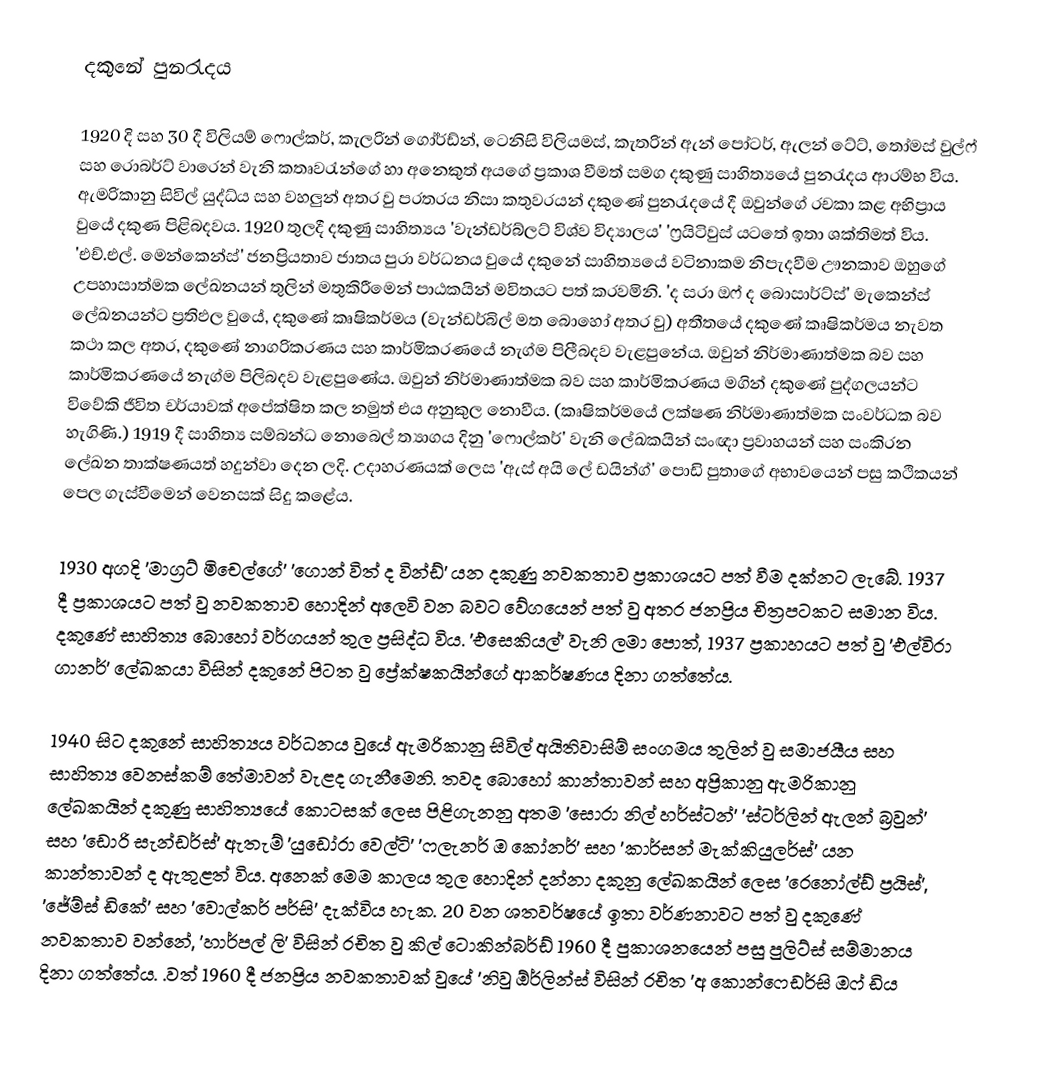
දකුනේ පුනරැදය

	1920 දි සහ 30 දී විලියම් ෆොල්කර්, කැලරින් ගෝර්ඩ්න්, ටෙනිසි විලියමස්, කැතරින් ඇන් පෝටර්, ඇලන් ටේට්, තෝමස් වුල්ෆ් සහ රොබර්ට් වාරෙන් වැනි කතෘවරැන්ගේ හා අනෙකුත් අයගේ ප්‍රකාශ වීමත් සමග දකුණු සාහිත්‍යයේ පුනරැදය ආරම්භ විය. ඇමරිකානු සිවිල් යුද්ධ්ය සහ වහලුන් අතර වු පරතරය නිසා කතුවරයන් දකුණේ පුනරැදයේ දී ඔවුන්ගේ රචකා කළ අභිප්‍රාය වුයේ දකුණ පිළිබදවය. 1920 තුලදී දකුණු සාහිත්‍යය 'වැන්ඩර්බ්ලට් විශ්ව විද්‍යාලය' 'ෆ්‍රයිටිවුස් යටතේ ඉතා ශක්තිමත් විය. 'එච්.එල්. මෙන්කෙන්ස්' ජනප්‍රියතාව ජාතය පුරා වර්ධනය වුයේ දකුනේ සාහිත්‍යයේ වටිනාකම නිපැදවීම ඌනකාව ඔහුගේ උපහාසාත්මක ලේඛනයන් තුලින් මතුකිරීමෙන් පාඨකයින් මවිතයට පත් කරවමිනි. 'ද සරා ඔෆ් ද බොසාර්ට්ස්' මැකෙන්ස් ලේඛනයන්ට ප්‍රතිඵල වුයේ, දකුණේ කෘෂිකර්මය (වැන්ඩර්බිල් මත බොහෝ අතර වු) අතීතයේ දකුණේ කෘෂිකර්මය නැවත කථා කල අතර, දකුණේ නාගරිකරණය සහ කාර්මිකරණයේ නැග්ම පිලීබදව වැළපුනේය. ඔවුන් නිර්මාණාත්මක බව සහ කාර්මිකරණයේ නැග්ම පිලිබදව වැළපුණේය. ඔවුන් නිර්මාණාත්මක බව සහ කාර්මිකරණය මගින් දකුණේ පුද්ගලයන්ට විවේකි ජීවිත චර්යාවක් අපේක්ෂිත කල නමුත් එය අනුකුල නොවීය. (කෘෂිකර්මයේ ලක්ෂණ නිර්මාණාත්මක සංවර්ධක බව හැගිණි.) 1919 දී සාහිත්‍ය සම්බන්ධ නොබෙල් ත්‍යාගය දිනු 'ෆොල්කර්' වැනි ලේඛකයින් සංඥා ප්‍රවාහයන් සහ සංකිරන ලේඛන තාක්ෂණයත් හදුන්වා දෙන ලදි. උදාහරණයක් ලෙස 'ඇස් අයි ලේ ඩයින්ග්' පොඩි පුතාගේ අභාවයෙන් පසු කථිකයන් පෙල ගැස්වීමෙන් වෙනසක් සිදු කළේය.

	1930 අගදි 'මාග්‍රට් මිචෙල්ගේ' ‍'ගොන් විත් ද වින්ඩ්' යන දකුණු නවකතාව ප්‍රකාශයට පත් වීම දක්නට ලැබේ. 1937 දී ප්‍රකාශයට පත් වු නවකතාව හොදින් අලෙවි වන බවට වේගයෙන් පත් වු අතර ජනප්‍රිය චිත්‍රපටකට සමාන විය. දකුණේ සාහිත්‍ය බොහෝ වර්ගයන් තුල ප්‍රසිද්ධ විය. 'එසෙකියල්' වැනි ලමා පොත්, 1937 ප්‍රකාහයට පත් වු 'එල්විරා ගානර්' ලේඛකයා විසින් දකුනේ පිටත වු ප්‍රේක්ෂකයින්ගේ ආකර්ෂණය දිනා ගත්තේය.

	1940 සිට දකුනේ සාහිත්‍යය වර්ධනය වුයේ ඇමරිකානු සිවිල් අයිතිවාසිම් සංගමය තුලින් වු සමාජයීය සහ සාහිත්‍ය වෙනස්කම් තේමාවන් වැළද ගැනීමෙනි. තවද බොහෝ කාන්තාවන් සහ අප්‍රිකානු ඇමරිකානු ලේඛකයින් දකුණු සාහිත්‍යයේ කොටසක් ලෙස පිළිගැනනු අතම 'සොරා නිල් හර්ස්ටන්' 'ස්ටර්ලින් ඇලන් බ්‍රවුන්' සහ ‍'ඩොරි සැන්ඩර්ස්' ඇතැම් 'යුඩෝරා වෙල්ටි' 'ෆලැනර් ඔ කෝනර්' සහ 'කාර්සන් මැක්කියුලර්ස්' යන කාන්තාවන් ද ඇතුළත් විය. අනෙක් මෙම කාලය තුල හොදින් දන්නා දකු‍නු ලේඛකයින් ලෙස 'රෙනෝල්ඩ් ප්‍රයිස්', 'ජේම්ස් ඩිකේ' සහ 'වොල්කර් පර්සි' දැක්විය හැක. 20 වන ශතවර්ෂයේ ඉතා වර්ණනාවට පත් වු දකුණේ නවකතාව වන්නේ, 'හාර්පල් ලි' විසින් රචිත වු කිල් ටොකින්බර්ඩ් 1960 දී පුකාශනයෙන් පසු පුලිට්ස් සම්මානය දිනා ගත්තේය. .වත් 1960 දී ජනප්‍රිය නවකතාවක් වුයේ 'නිවු ඕර්ලින්ස් විසින් රචිත 'අ කොන්ෆෙඩර්සි ඔ‍ෆ් ඩිය